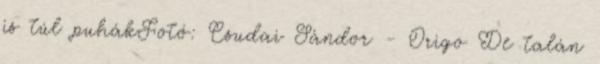
is túl puhákFotó: Csudai Sándor - Origo De talán